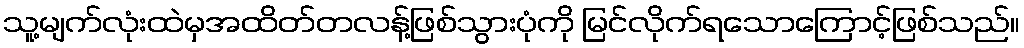
သူ့မျက်လုံးထဲမှအထိတ်တလန့်ဖြစ်သွားပုံကို မြင်လိုက်ရသောကြောင့်ဖြစ်သည်။